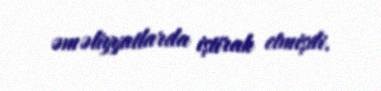
əməliyyatlarda iştirak etmişdi.